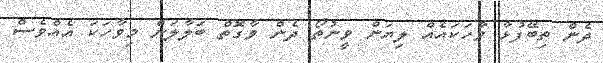
ދެން ތިބޭފުޅާ ވާހަކައެއް ލިޔަން ވީނުތޯ ދެން ވާގޮތް ބަލާލަން މިވާހަކަ އެއްވެސް